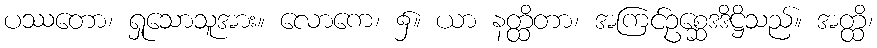
ပဿတော၊ ရှုသောသူအား။ လောကေ၊ ၌။ ယာ နတ္ထိတာ၊ အကြင်ဥစ္ဆေဒဒိဋ္ဌိသည်။ အတ္ထိ၊